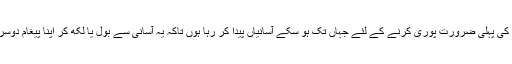
لہٰذا میں اپنے لوگوں کی پہلی ضرورت پوری کرنے کے لئے جہاں تک ہو سکے آسانیاں پیدا کر رہا ہوں تاکہ یہ آسانی سے بول یا لکھ کر اپنا پیغام دوسروں تک پہنچا سکیں۔